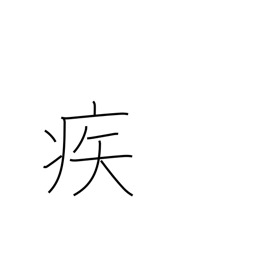
Meaning: rapidly